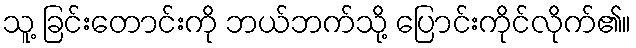
သူ့ ခြင်းတောင်းကို ဘယ်ဘက်သို့ ပြောင်းကိုင်လိုက်၏။